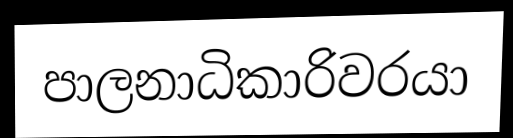
පාලනාධිකාරිවරයා